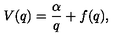
V ( q ) = \frac { \alpha } { q } + f ( q ) ,